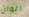
الوان